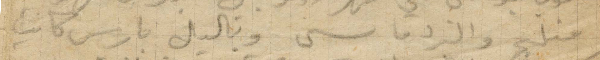
مثله والبرد قاسي وبالليل باريس كانت